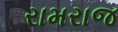
રામરાજ